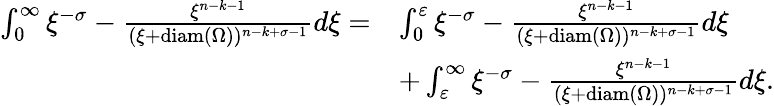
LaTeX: \begin{array}{rl}{\int_{0}^{\infty}\xi^{-\sigma}-\frac{\xi^{n-k-1}}{(\xi+\mathrm{diam}(\Omega))^{n-k+\sigma-1}}d\xi=}&{\int_{0}^{\varepsilon}\xi^{-\sigma}-\frac{\xi^{n-k-1}}{(\xi+\mathrm{diam}(\Omega))^{n-k+\sigma-1}}d\xi}\\ &{+\int_{\varepsilon}^{\infty}\xi^{-\sigma}-\frac{\xi^{n-k-1}}{(\xi+\mathrm{diam}(\Omega))^{n-k+\sigma-1}}d\xi.}\end{array}